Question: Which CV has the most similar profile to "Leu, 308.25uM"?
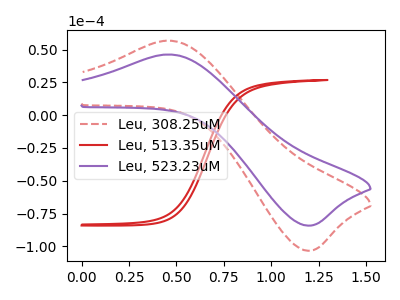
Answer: <think>The red dashed curve "Leu, 308.25uM" has an anodic peak at (0.45V, 56.80uA) and a cathodic peak at (1.20V, -103.40uA). The red curve "Leu, 513.35uM" has no peaks. The purple curve "Leu, 523.23uM" has an anodic peak at (0.45V, 46.25uA) and a cathodic peak at (1.20V, -84.25uA).
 "Leu, 308.25uM" and "Leu, 513.35uM" have a different number of peaks. All the peaks in "Leu, 308.25uM" have a peak in "Leu, 523.23uM" at the same potential. Every peak in "Leu, 308.25uM" is higher than every peak in "Leu, 523.23uM". "Leu, 513.35uM" and "Leu, 523.23uM" have a different number of peaks.</think>
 <answer>The CV with the most similar shape to "Leu, 523.23uM" is "Leu, 308.25uM".</answer>
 <eval>"Leu, 308.25uM"</eval>